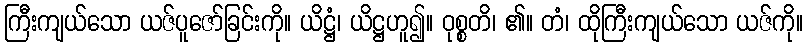
ကြီးကျယ်သော ယဇ်ပူဇော်ခြင်းကို။ ယိဋ္ဌံ၊ ယိဋ္ဌဟူ၍။ ဝုစ္စတိ၊ ၏။ တံ၊ ထိုကြီးကျယ်သော ယဇ်ကို။